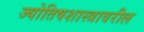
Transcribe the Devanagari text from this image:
ज्योतिषशास्त्रावरील